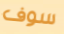
سوف